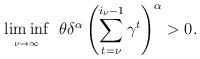
LaTeX: \begin{align*}\underset{_{\nu\rightarrow\infty}}\liminf \;\; \theta \delta^\alpha\left(\sum_{t=\nu}^{i_{\nu}-1}\gamma^{t}\right)^\alpha>0.\end{align*}